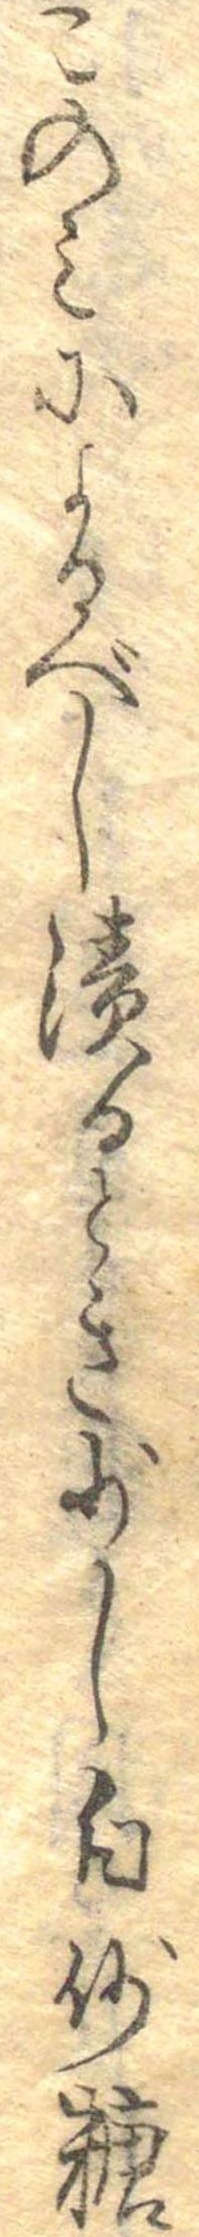
このみによるべし漬るとき少し白砂糖